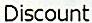
DISCOUNT